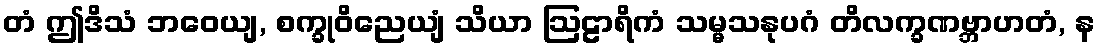
တံ ဤဒိသံ ဘဝေယျ, စက္ခုဝိညေယျံ သိယာ ဩဠာရိကံ သမ္မသနုပဂံ တိလက္ခဏဗ္ဘာဟတံ, န